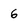
Character: 6